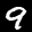
Label: 9